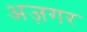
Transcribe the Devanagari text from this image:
अज़गर